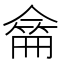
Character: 𠎚